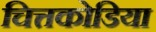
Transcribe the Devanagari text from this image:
चित्तकोडिया